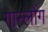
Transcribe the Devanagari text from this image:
गान्लोंग